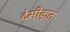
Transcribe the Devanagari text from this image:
देसीकृत